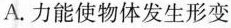
A.力能使物体发生形变